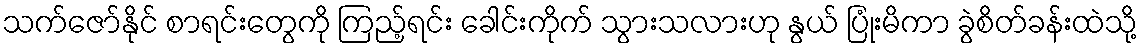
သက်ဇော်နိုင် စာရင်းတွေကို ကြည့်ရင်း ခေါင်းကိုက် သွားသလားဟု နွယ် ပြုံးမိကာ ခွဲစိတ်ခန်းထဲသို့